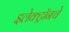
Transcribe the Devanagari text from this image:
इलेक्ट्रॉनचे